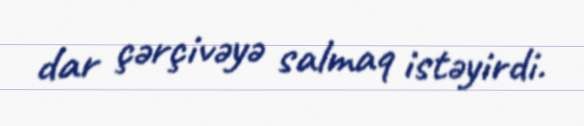
dar çərçivəyə salmaq istəyirdi.